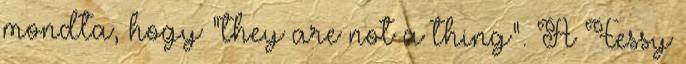
mondta, hogy “they are not a thing”. A Fessy